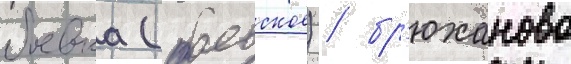
боевка (боевское) / бр'юханово